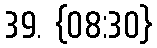
39. {08:30}